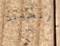
التجديد